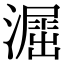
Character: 𣿲